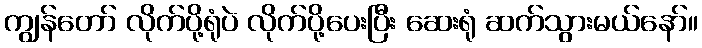
ကျွန်တော် လိုက်ပို့ရုံပဲ လိုက်ပို့ပေးပြီး ဆေးရုံ ဆက်သွားမယ်နော်။